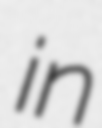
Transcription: in